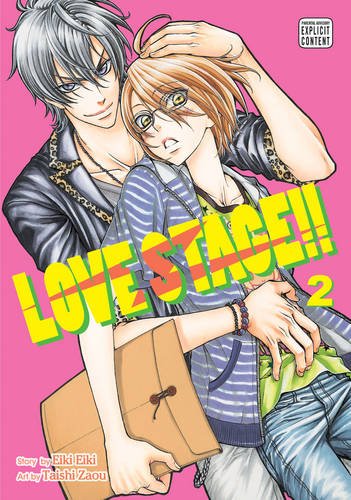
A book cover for Love Stage!!, Vol. 2; Eiki Eiki; Comics & Graphic Novels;